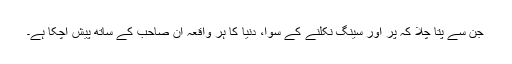
جن سے پتا چلا کہ پر اور سینگ نکلنے کے سوا، دنیا کا ہر واقعہ ان صاحب کے ساتھ پیش آچکا ہے۔